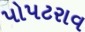
પોપટરાવ